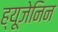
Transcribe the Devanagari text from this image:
ह्यूजेनिन